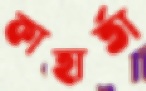
কাহার্তা